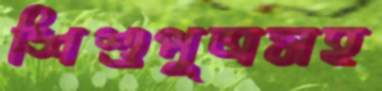
শিশুপুত্রসহ